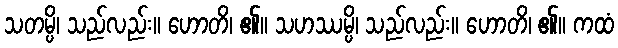
သတမ္ပိ၊ သည်လည်း။ ဟောတိ၊ ၏။ သဟဿမ္ပိ၊ သည်လည်း။ ဟောတိ၊ ၏။ ကထံ